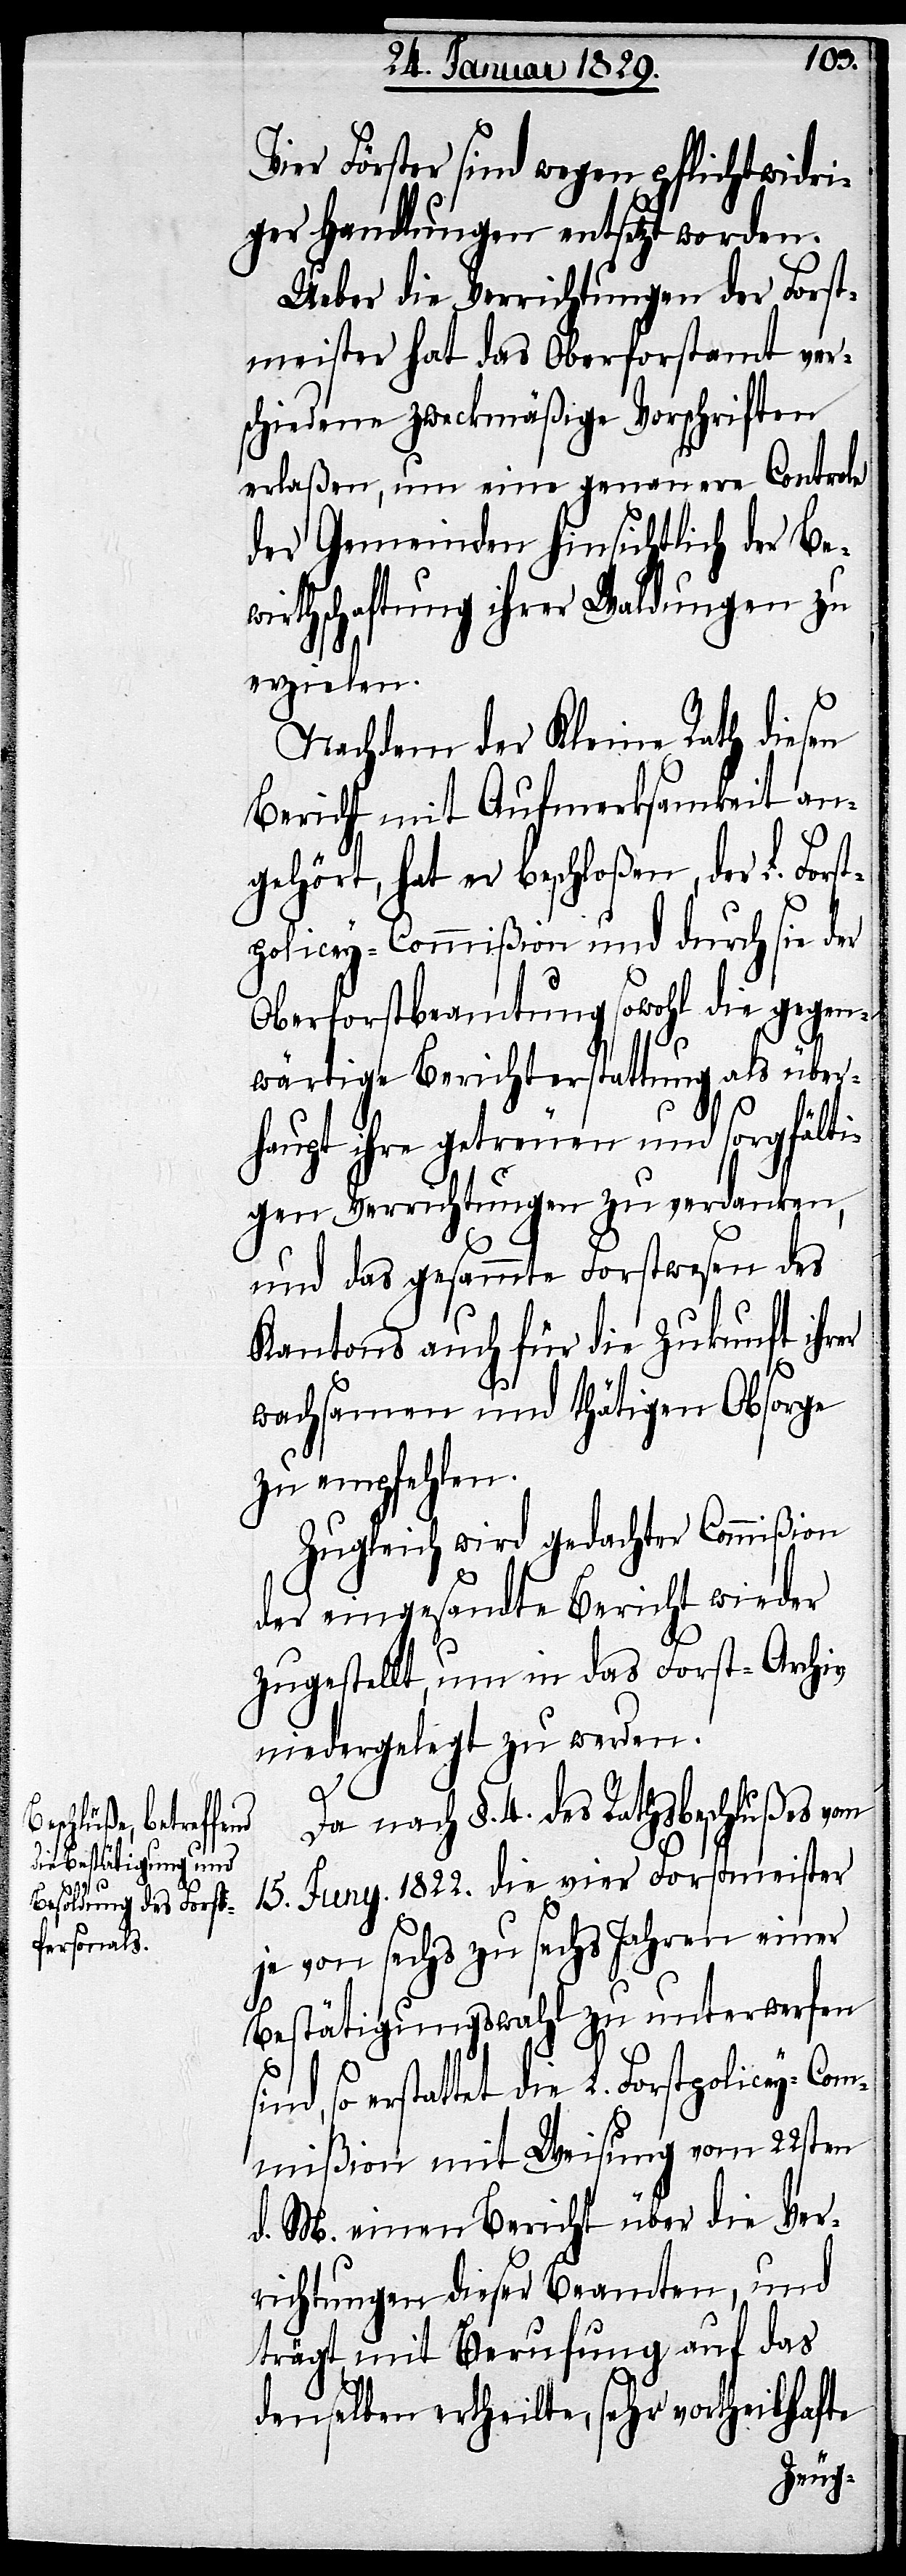
sind,

Vier Förster sind wegen pflichtwidri¬
gen Handlungen ersetzt worden.
Ueber die Verrichtungen der Forst¬
meister hat das Oberforstamt ver¬
schiedene zweckmäßige Vorschriften
erlaßen, um eine genauere Controle
der Gemeinden hinsichtlich der Bew¬
irthschaftung ihrer Waldungen zu
erzielen.
Nachdem der Kleine Rath diesen
Bericht mit Aufmerksamkeit an¬
gehört, hat er beschloßen, der L. For¬
policey-Commißion und durch sie der
Oberforstbeamtung sowohl die gegen¬
wärtige Berichterstattung als über¬
haupt ihre getreue und sorgfälti¬
gen Verrichtungen zu verdanken,
und das gesammte Forstwesen des
Kantons auch für die Zukunft ihrer
wachsamen und thätigen Obsorge
zu empfehlen.
Zugleich wird gedachter Commißion
der eingesandte Bericht wieder
zugestellt, um in das Forst-Archiv
niedergelegt zu werden.
st¬
Da nach §. 4. des Rathsbeschlußes vom
15. Juny 1822. die vier Forstmeister
je von sechs zu sechs Jahren einer
Bestätigungswahl zu unterwerfen
so erstattet die L. Forstpolicey-Com¬
mißion mit Weisung vom 22sten
d. M. einen Bericht über die Ver¬
richtungen dieser Beamten, und
trägt mit Berufung auf das
denselben ertheilte, sehr vortheilhafte